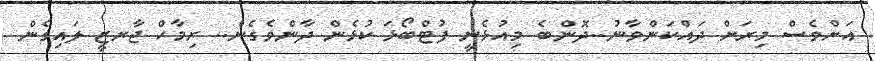
އަށްވެސް މިރަށް ދައްކަންވާނު..ދޮންބެ މިއުޅެނީ ފުޓްބޯޅަ ކުޅެން ދާންވެގެން.. ރިމާހް ޖާރޒީ ލައިގެން